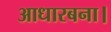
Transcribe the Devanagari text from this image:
आधारबना।